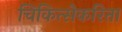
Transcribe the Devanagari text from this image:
चिकित्सेकरिता